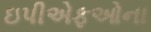
ઇપીએફઓના